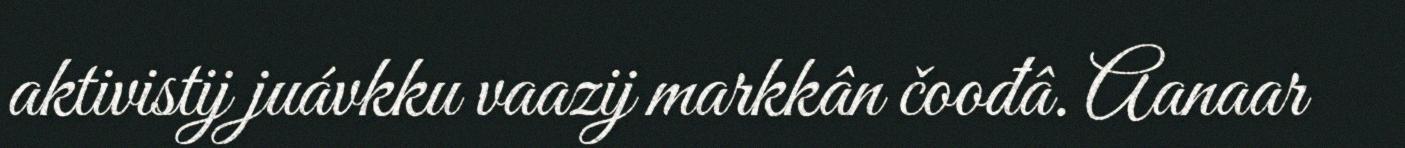
aktivistij juávkku vaazij markkân čoođâ. Aanaar